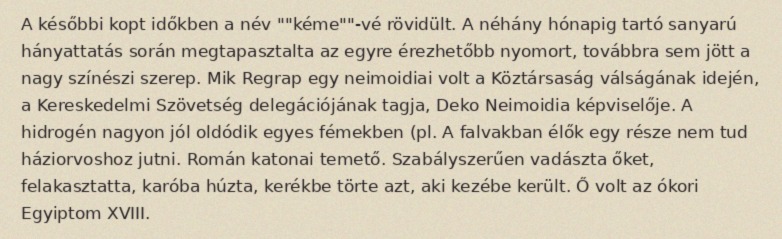
A későbbi kopt időkben a név ""kéme""-vé rövidült. A néhány hónapig tartó sanyarú hányattatás során megtapasztalta az egyre érezhetőbb nyomort, továbbra sem jött a nagy színészi szerep. Mik Regrap egy neimoidiai volt a Köztársaság válságának idején, a Kereskedelmi Szövetség delegációjának tagja, Deko Neimoidia képviselője. A hidrogén nagyon jól oldódik egyes fémekben (pl. A falvakban élők egy része nem tud háziorvoshoz jutni. Román katonai temető. Szabályszerűen vadászta őket, felakasztatta, karóba húzta, kerékbe törte azt, aki kezébe került. Ő volt az ókori Egyiptom XVIII.